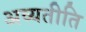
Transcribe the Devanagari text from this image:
अव्यतीति